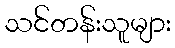
သင်တန်းသူများ